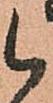
候